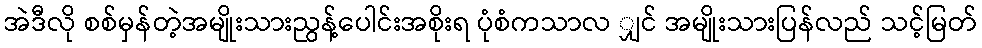
အဲဒီလို စစ်မှန်တဲ့အမျိုးသားညွန့်ပေါင်းအစိုးရ ပုံစံကသာလ ျှင် အမျိုးသားပြန်လည် သင့်မြတ်